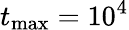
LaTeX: t_{\mathrm{max}}=10^{4}